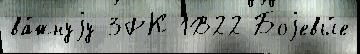
ва́жнуjу ЗРК 1В22 Боjевы́е